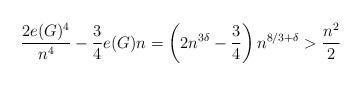
LaTeX: \begin{align*}\frac{ 2 e(G)^4}{ n^4} - \frac{3}{4} e(G) n = \left(2 n^{3 \delta } - \frac{3}{4} \right) n^{8/3 + \delta } > \frac{n^2}{2}\end{align*}